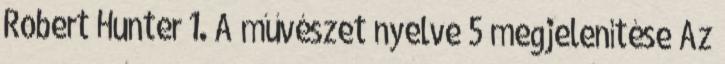
Robert Hunter 1. A művészet nyelve 5 megjelenítése Az